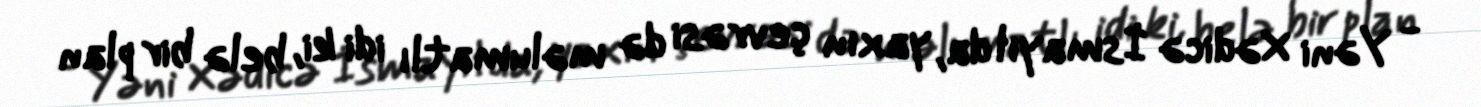
- Yəni Xədicə İsmayıl da, yaxın çevrəsi də məlumatlı idi ki, belə bir plan